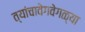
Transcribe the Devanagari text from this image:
त्यांचावेगवेगळ्या